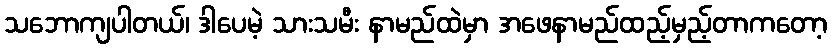
သဘောကျပါတယ်၊ ဒါပေမဲ့ သားသမီး နာမည်ထဲမှာ အဖေနာမည်ထည့်မှည့်တာကတော့